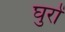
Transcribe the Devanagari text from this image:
घुरों